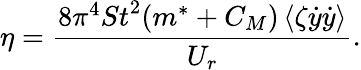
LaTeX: \eta=\frac{{8{\pi^{4}}{St}^{2}({m^{*}}+{C_{M}})\left\langle{\zeta\dot{y}\dot{y}}\right\rangle}}{{{U_{r}}}}.